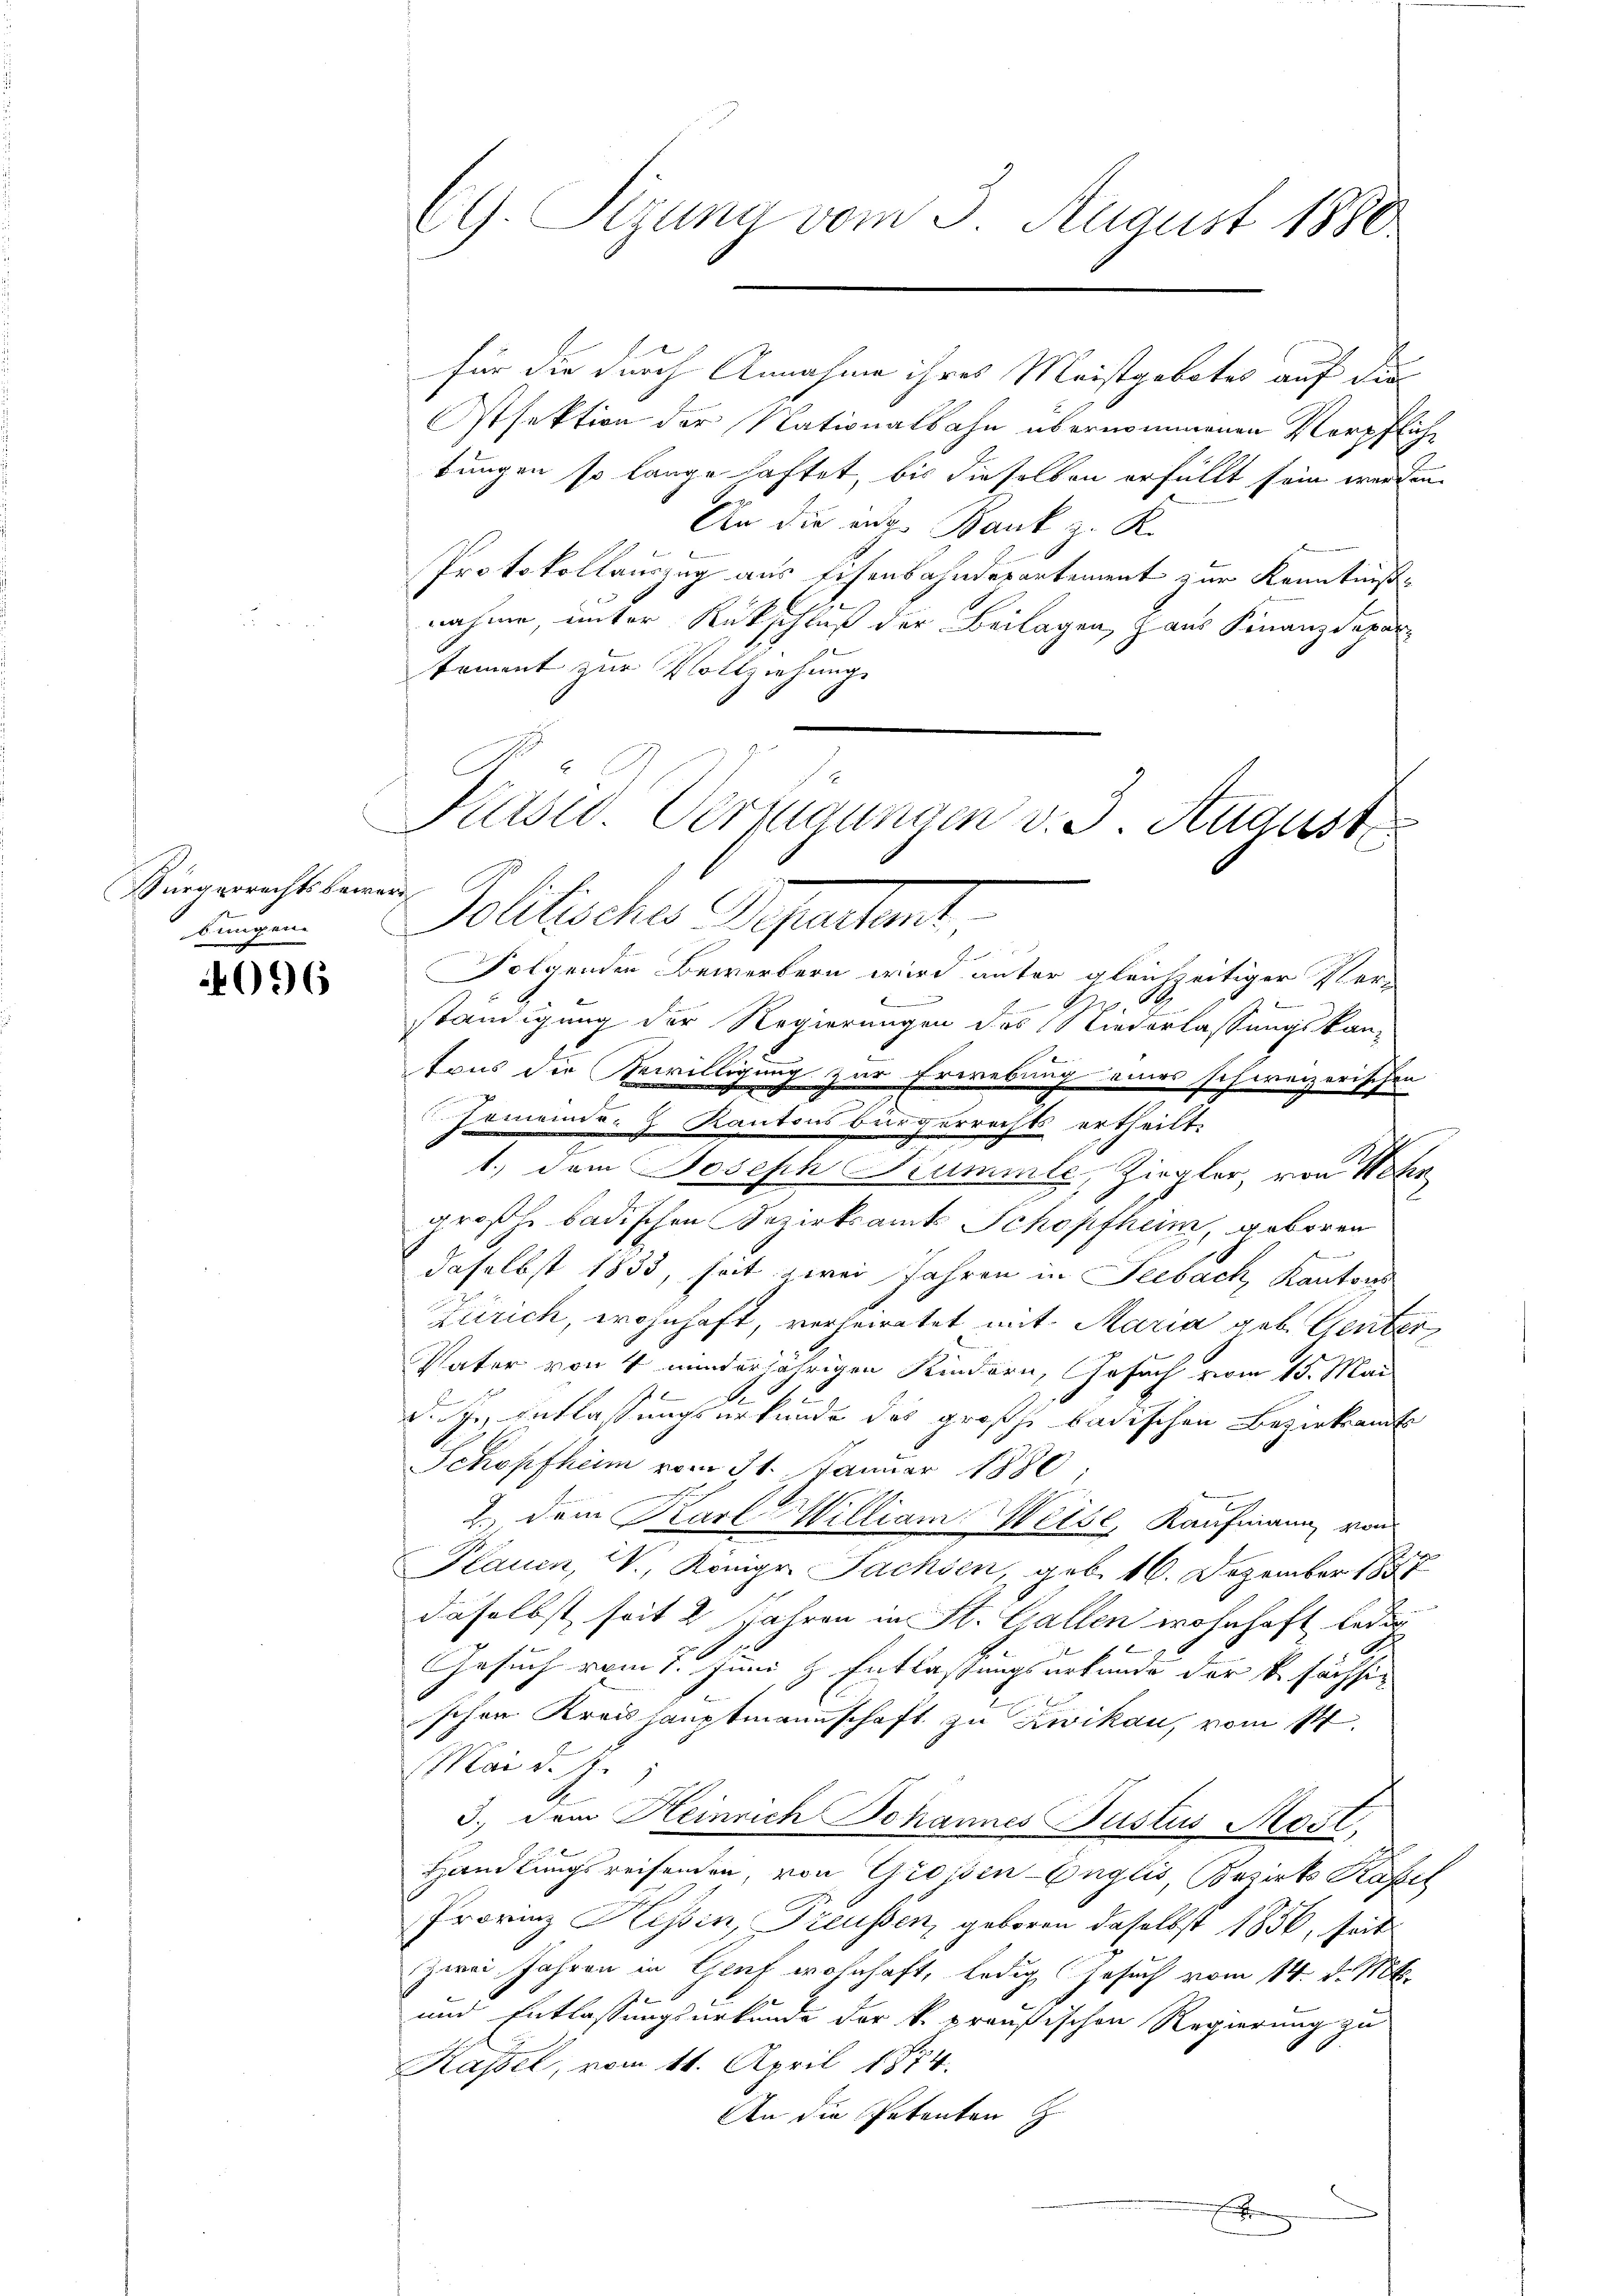
Bürgerrechtsbewe
bungen.

096

d

CG. Sizung vom 3. August 1880

für die durch Annahme ihres Meistgebotes auf die
Itsektion der Nationalbahn übernommenen Verpfliche
fungen so lange haftet, bis dieselben erfüllt sein werden
An die aug. Bank z. K.
Protokollauszug aus Eisenbahndepartement zur Kenntniße
nahme, unter Rückschluß der Beilagen, Haus Finanzdeparkoment zur Vollziehung
Folgenden Bewerbern wird unter gleichzeitiger Ver-
n
229.
ständigung der Regierungen des Niederlassungskan-
tons die Bewilligung zur Erwebung eines schweizerischen
Gemeinds- & Kantonsbürgerrechts ertheilt.
a
A
1.) Dem Joseph Kummle, Ziegler, von Waser
großen badischen Bezirksamts Schopfheim, geboren
4
daselbst 1833, seit zwei Jahren in Seebach, Kantons
Zürich, wohnhaft, verheiratet mit Maria geb. Gener
Pater von 4 minderjährigen Kindern, Gesuch vom 15. Mai
d. J., Entlassungsurkunde des großh. badischen Bezirksamt
Schopfheim vom 31. Januar 1880
2. dem Karl William Weise, Kaufmann, von
Plauen, W., Königr. Fachsen, geb. 16. Dezember 1887
daselbst seit 2 Jahren in St. Gallen wohnhaft ledig
Gesuch vom 1. Juni l. Entlassungsurkunde der k. sächsi
schen Kreishauptmannschaft zu Zwikan, vom 14.
Mai d. J.
3.) Dem Heinrich Johannes Justus Rosl
Handlungsreisenden von Grossen-Englis, Bezirks Kapel
Provinz Hessin, Treussen, geboren daselbst 1836, seit
zwei Jahren in Genf wohnhaft, ledig Gesuch vom 14. d. Mts.
und Entlassungsurkunde der k. preußischen Regierung zu
Kassel, vom 11. April 1874.
An die Petenten
e

Kasus Veringungen v. 3. August
a
olitischer Phantent